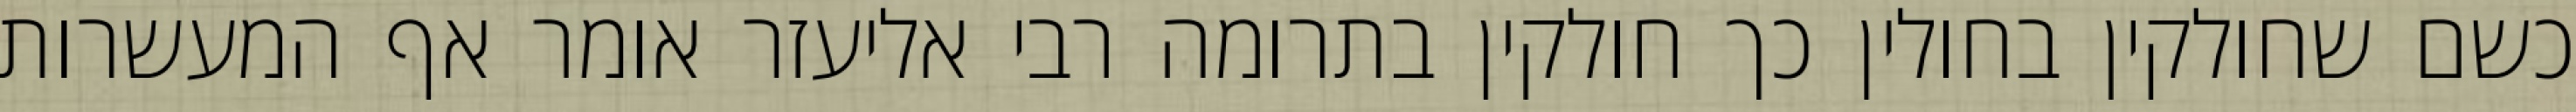
כשם שחולקין בחולין כך חולקין בתרומה רבי אליעזר אומר אף המעשרות